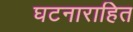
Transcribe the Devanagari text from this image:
घटनाराहित